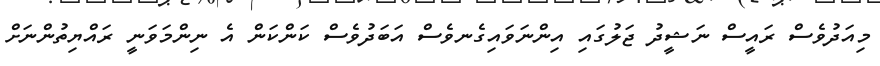
މިއަދުވެސް ރައީސް ނަޝީދު ޖަލުގައި އިންނަވައިގެނވެސް އަބަދުވެސް ކަންކަން އެ ނިންމަވަނީ ރައްޔިތުންނަށް